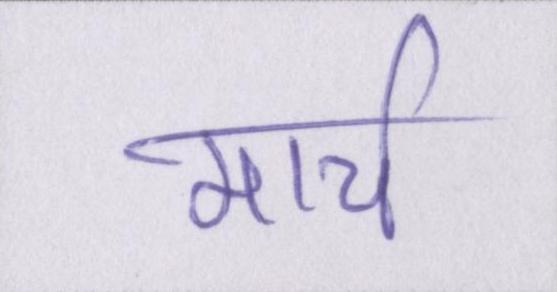
मार्च